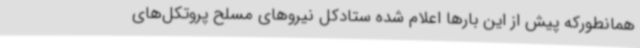
همانطورکه پیش از این بارها اعلام شده ستادکل نیروهای مسلح پروتکل‌های